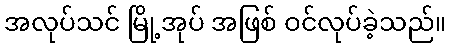
အလုပ်သင် မြို့အုပ် အဖြစ် ဝင်လုပ်ခဲ့သည်။